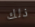
ذلك